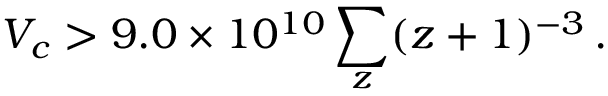
V _ { c } > 9 . 0 \times 1 0 ^ { 1 0 } \sum _ { z } ( z + 1 ) ^ { - 3 } \, .